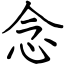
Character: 念